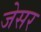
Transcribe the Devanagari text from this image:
जेसर